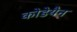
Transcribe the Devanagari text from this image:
कोडेयैन